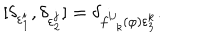
\lbrack \delta _ { \varepsilon _ { 1 } ^ { i } } , \delta _ { \varepsilon _ { 2 } ^ { j } } ] = \delta _ { f _ { \ \ k } ^ { i j } ( \varphi ) \varepsilon _ { 3 } ^ { k } } .